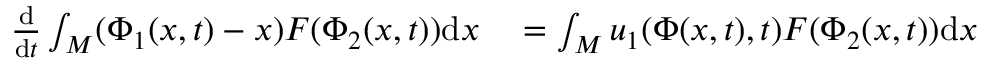
\begin{array} { r l } { \frac { \mathrm { d } } { \mathrm { d } t } \int _ { M } ( \Phi _ { 1 } ( x , t ) - x ) F ( \Phi _ { 2 } ( x , t ) ) \mathrm { d } x } & { { } = \int _ { M } u _ { 1 } ( \Phi ( x , t ) , t ) F ( \Phi _ { 2 } ( x , t ) ) \mathrm { d } x } \end{array}